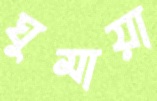
ঘুমায়া